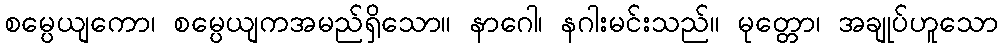
စမ္ပေယျကော၊ စမ္ပေယျကအမည်ရှိသော။ နာဂေါ၊ နဂါးမင်းသည်။ မုတ္တော၊ အချုပ်ဟူသော